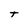
Character: t